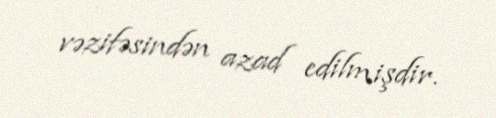
vəzifəsindən azad edilmişdir.